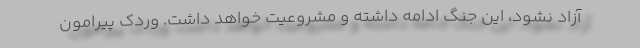
آزاد نشود، این جنگ ادامه داشته و مشروعیت خواهد داشت. وردک پیرامون